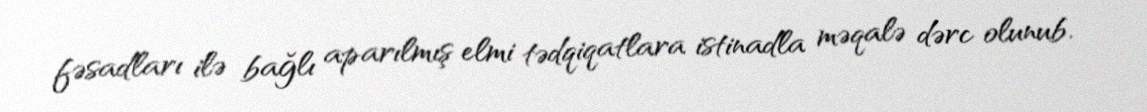
fəsadları ilə bağlı aparılmış elmi tədqiqatlara istinadla məqalə dərc olunub.